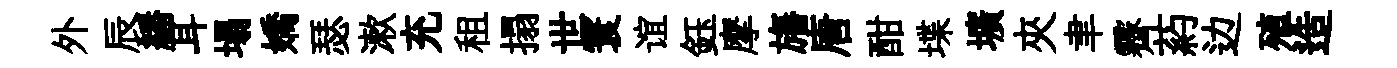
外辰繙耳塌嬌瑟漱充租搨世寰谊鈺摩旛唐酣堞壙夾聿霽葯边殖造